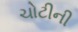
ચોટીની